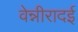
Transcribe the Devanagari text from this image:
वेन्नीरादई